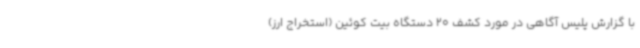
با گزارش پلیس آگاهی در مورد کشف 20 دستگاه بیت کوئین (استخراج ارز)